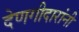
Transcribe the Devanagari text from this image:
देणगीदारांनी